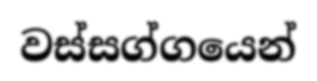
වස්සග්ගයෙන්